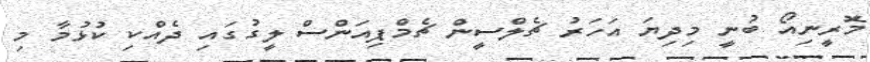
މޮރީނިއޯ ބުނީ މިދިޔަ އަހަރު ޗެލްސީން ޗެމްޕިއަންސް ލީގުގައި ދެއްކި ކުޅުމާ މި